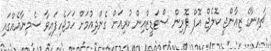
ޗައިނާގެ ޒިއާންޖީ ކޮލެޖް އޮފް ފޮރިން ސްޓަޑީޒްއިން ކުރިއަށް ގެންދިއުމަށް ހަމަޖެހިފައިވާ ސެމިނާއެއްގައި